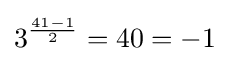
3^{\frac {41-1}{2}}=40=-1